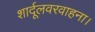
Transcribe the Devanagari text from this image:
शार्दूलवरवाहना।